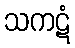
သကဋံ